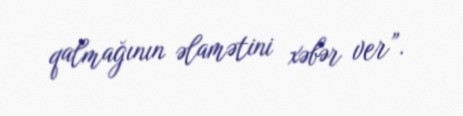
qalmağının əlamətini xəbər ver”.